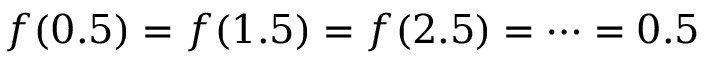
f ( 0 . 5 ) = f ( 1 . 5 ) = f ( 2 . 5 ) = \cdots = 0 . 5